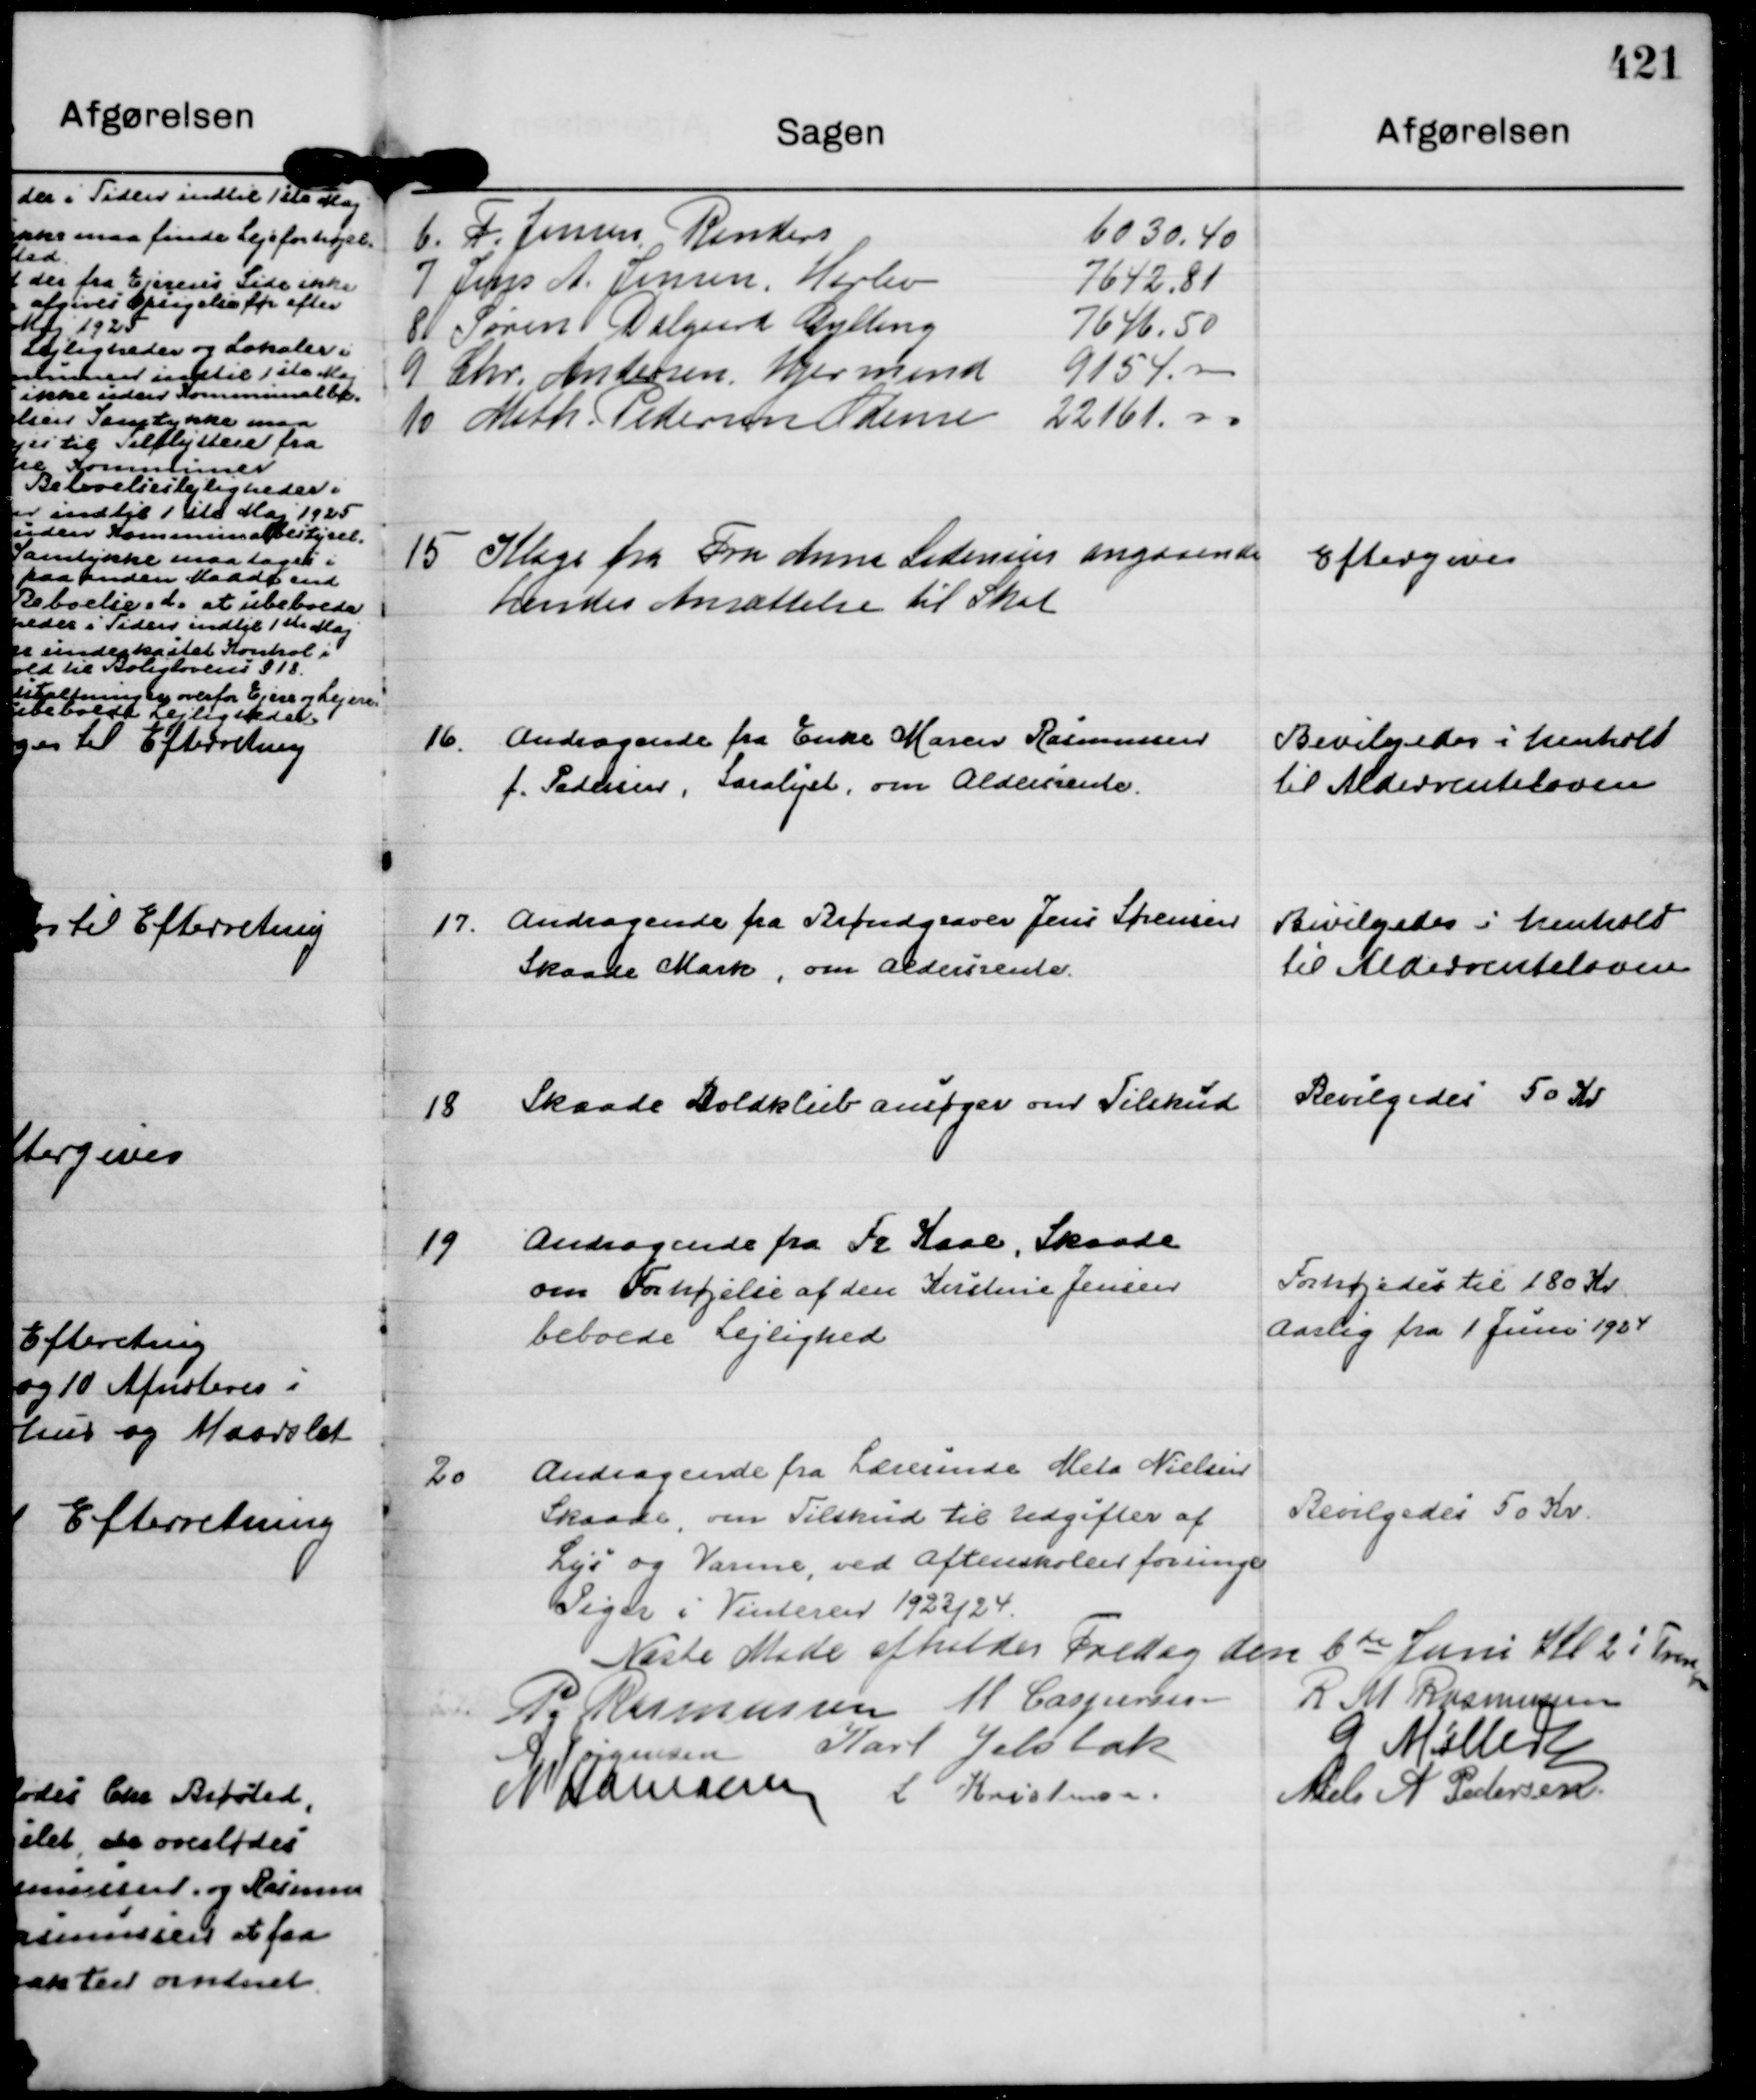
Transskription:
6. F. Jensen Randers
6030.40
7 Jens A. Jensen, Harlev
7642.81
8 Søren Dalgaard Dylling
7646.50
9 Chr. Andersen Hjermind
9154.00
10 Math Pedersen Odense
22161.00

15
Klage fra Fru Anna Sidenius angaaende
hendes Ansættelse til Skat

Eftergives

16.
Andragende fra Enke Maren Rasmussen
f. Pedersen, Saralyst, om Aldersrente.

Bevilgedes i henhold
til Aldersrenteloven

17.
Andragende fra Brøndgraver Jens Sørensen
Skaade Mark, om Aldersrente.

Bevilgedes i henhold
til Aldersrenteloven

18
Skaade Boldklub ansøger om Tilskud

Bevilgedes 50 Kr

19
Andragende fra Fr Kaae, Skaade
om Forhøjelse af den Kirstine Jensen 
beboede Lejlighed

Forhøjedes til 180 Kr
aarlig fra 1 Kuni 1924

20
Andragende fra Lærerinde Meta Nielsen
Skaade, om Tilskud til Udgifter af
Lys og Varme, ved Aftenskolen foreinge
Piger i Vinteren 1923/24.

Bevilgedes 50 Kr.

Næste Møde afholdes Fredag den 6 te Juni Kl 2 i Trange
P. Rasmussen
M Caspersen
R M Rasmussen
A Jørgensen
Karl Jelsbak
G Møller
N Hamann
L Kristensen.
Niels A Pedersen.